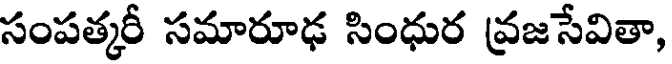
సంపత్కరీ సమారూఢ సింధుర వ్రజసేవితా,